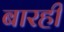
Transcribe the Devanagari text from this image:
बारहीं